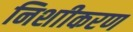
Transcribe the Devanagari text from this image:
निशाीकरण